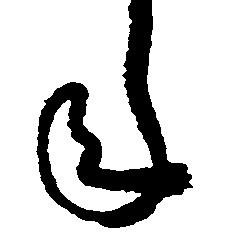
年